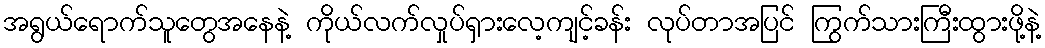
အရွယ်ရောက်သူတွေအနေနဲ့ ကိုယ်လက်လှုပ်ရှားလေ့ကျင့်ခန်း လုပ်တာအပြင် ကြွက်သားကြီးထွားဖို့နဲ့